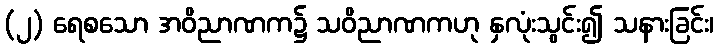
(၂) ရေစသော အဝိညာဏက၌ သဝိညာဏကဟု နှလုံးသွင်း၍ သနားခြင်း၊